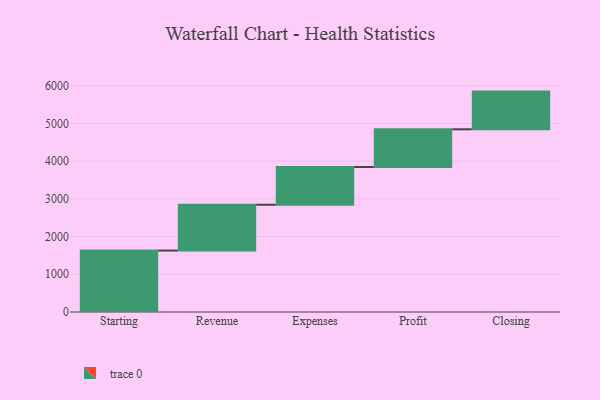
{"axis": {"x": "Step", "y": "Value"}, "legend": [""], "data": [{"x": "Starting", "y": 1629.0, "type": ""}, {"x": "Revenue", "y": 1215.0, "type": ""}, {"x": "Expenses", "y": 1000, "type": ""}, {"x": "Profit", "y": 1000, "type": ""}, {"x": "Closing", "y": 1000, "type": ""}]}